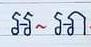
អ~អា